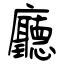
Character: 廳